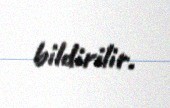
bildirilir.